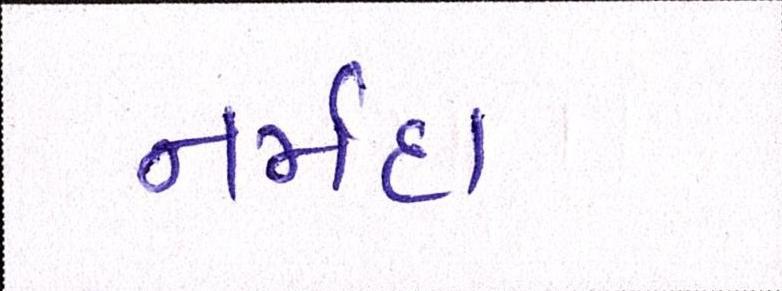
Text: નર્મદા